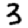
Digit: 3